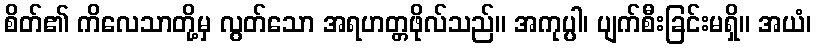
စိတ်၏ ကိလေသာတို့မှ လွတ်သော အရဟတ္တဖိုလ်သည်။ အကုပ္ပါ၊ ပျက်စီးခြင်းမရှိ။ အယံ၊